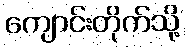
ကျောင်းတိုက်သို့